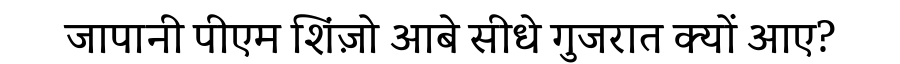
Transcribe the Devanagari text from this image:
जापानी पीएम शिंज़ो आबे सीधे गुजरात क्यों आए?